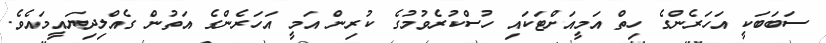
ސަބަބަކީ އަހަރެންގެ ހިތް އަމީއަށްޓަކައި ހުސްކުރެވުމުގެ ކުރިން އަމީ އަހަރެންގެ އަތުން ގެއްލިދިޔައީމައެވެ.